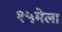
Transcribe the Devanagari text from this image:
१५मेला